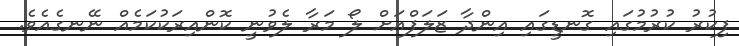
ފިކުރު ކުރުމުގައި ގޮނޑީގައި އިންދާ ޒަލަފްއަށް ލޯ މަރާ ލެވުނީ ކޮންއިރަކުކަމެއް ނޭނގެއެވެ.